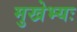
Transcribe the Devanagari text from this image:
मुखेभ्यः